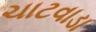
ચાટવાડા